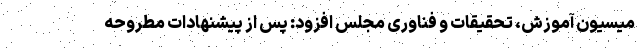
میسیون آموزش، تحقیقات و فناوری مجلس افزود: پس از پیشنهادات مطروحه